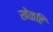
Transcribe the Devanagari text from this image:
खेळहि